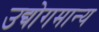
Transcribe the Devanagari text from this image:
उद्योगमान्य